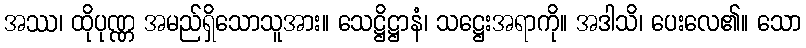
အဿ၊ ထိုပုဏ္ဏ အမည်ရှိသောသူအား။ သေဋ္ဌိဋ္ဌာနံ၊ သဋ္ဌေးအရာကို။ အဒါသိ၊ ပေးလေ၏။ သော